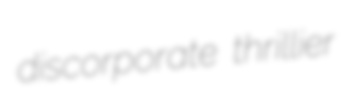
discorporate thrillier